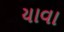
યાવા